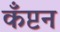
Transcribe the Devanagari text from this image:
कँप्टन